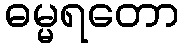
ဓမ္မရတော